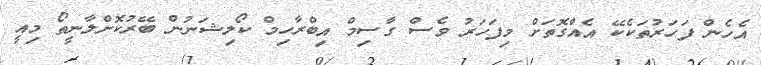
އެހެން ފަހަރުތަކެކޭ އެއްގޮތަށް މިފަހަރު ވެސް ގާސިމް އިބްރާހިމް ކޯލިޝަނުން ބޭރުކޮށްލާނީތޯ މިއީ